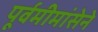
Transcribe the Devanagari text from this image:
पूर्वमीमांसेने